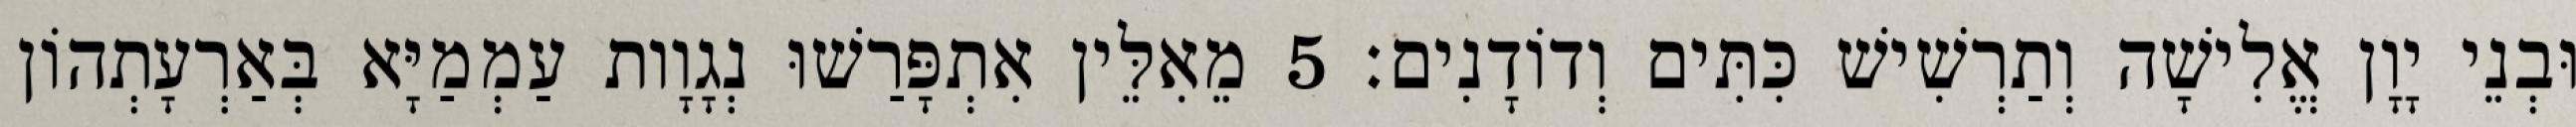
וּבְנֵי יָוָן אֱלִישָׁה וְתַרְשִׁישׁ כִּתִּים וְדוֹדָנִים׃ 5 מֵאִלֵּין אִתְפָּרַשׁוּ נְגָוָות עַמְמַיָּא בְּאַרְעָתְהוֹן